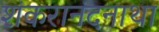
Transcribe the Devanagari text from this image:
शंकरानंदनाथा